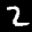
Label: 2